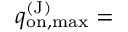
q _ { \mathrm { o n , m a x } } ^ { \mathrm { ( J ) } } =